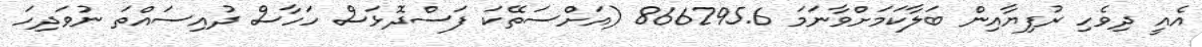
އެއީ ދިވެހި ރުފިޔާއިން ބަލާކަމަށްވާނަމަ 866295.6 (އަށްސަތޭކަ ފަސްދޮޅަސް ހަހާސް ދުއިސައްތަ ނުވަދިހަ